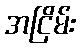
အငြိမ်း